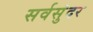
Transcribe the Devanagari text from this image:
सर्वसुंदर